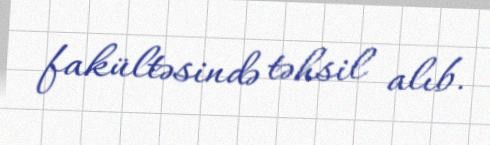
fakültəsində təhsil alıb.